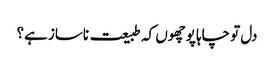
دل تو چاہا پوچھوں کہ طبیعت ناساز ہے؟